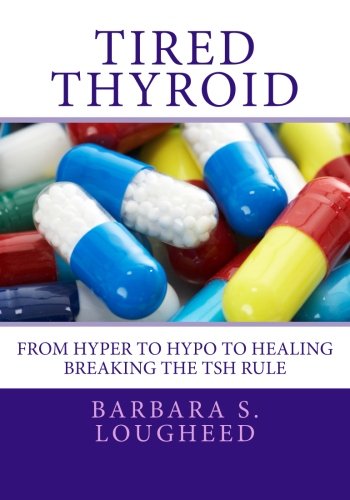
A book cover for Tired Thyroid: From Hyper to Hypo to Healing - Breaking the TSH Rule; Barbara S. Lougheed; Health, Fitness & Dieting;